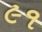
૯૧